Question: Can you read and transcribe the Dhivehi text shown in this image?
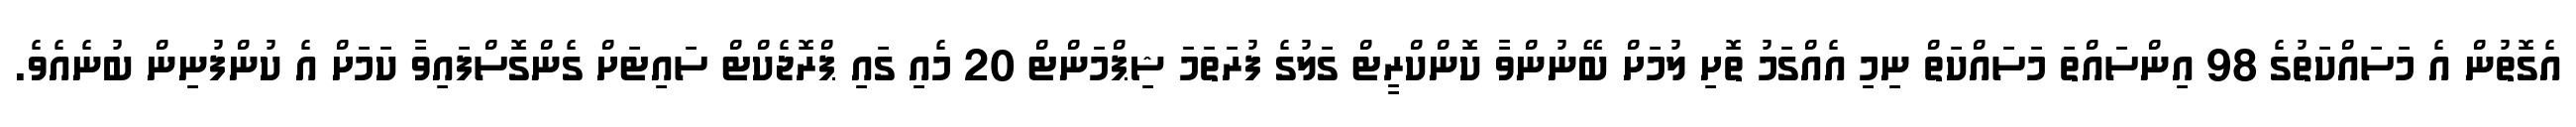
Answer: އެގޮތުން އެ މަސައްކަތުގެ 98 އިންސައްތަ މަސައްކަތް ނިމި އެއްގަމު ތޮށި ލުމަށް ބޭނުންވާ ކޮންކްރީޓް ގަލުގެ ފުރަތަމަ ޝިޕްމަންޓް 20 މެއި ގައި ޕްރޮޖެކްޓް ސައިޓަށް ގެންގޮސްފައިވާ ކަމަށް އެ ކުންފުނިން ބުނެއެވެ.